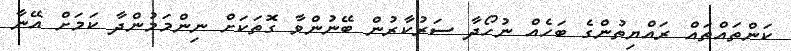
ކަންތައްތައް ރައްޔިތުންގެ ބަހެއް ނުހޯދާ ސަރުކާރުން ބޭނުންވާ ގޮތަކަށް ނިންމަމުންދާ ކަމަށް އޭނާ